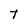
Character: T